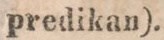
predikan).